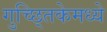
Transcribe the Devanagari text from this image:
गुच्छ्तिकेमध्ये